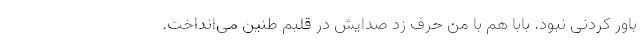
باور کردنی نبود. بابا هم با من حرف زد صدایش در قلبم طنین می‌انداخت.